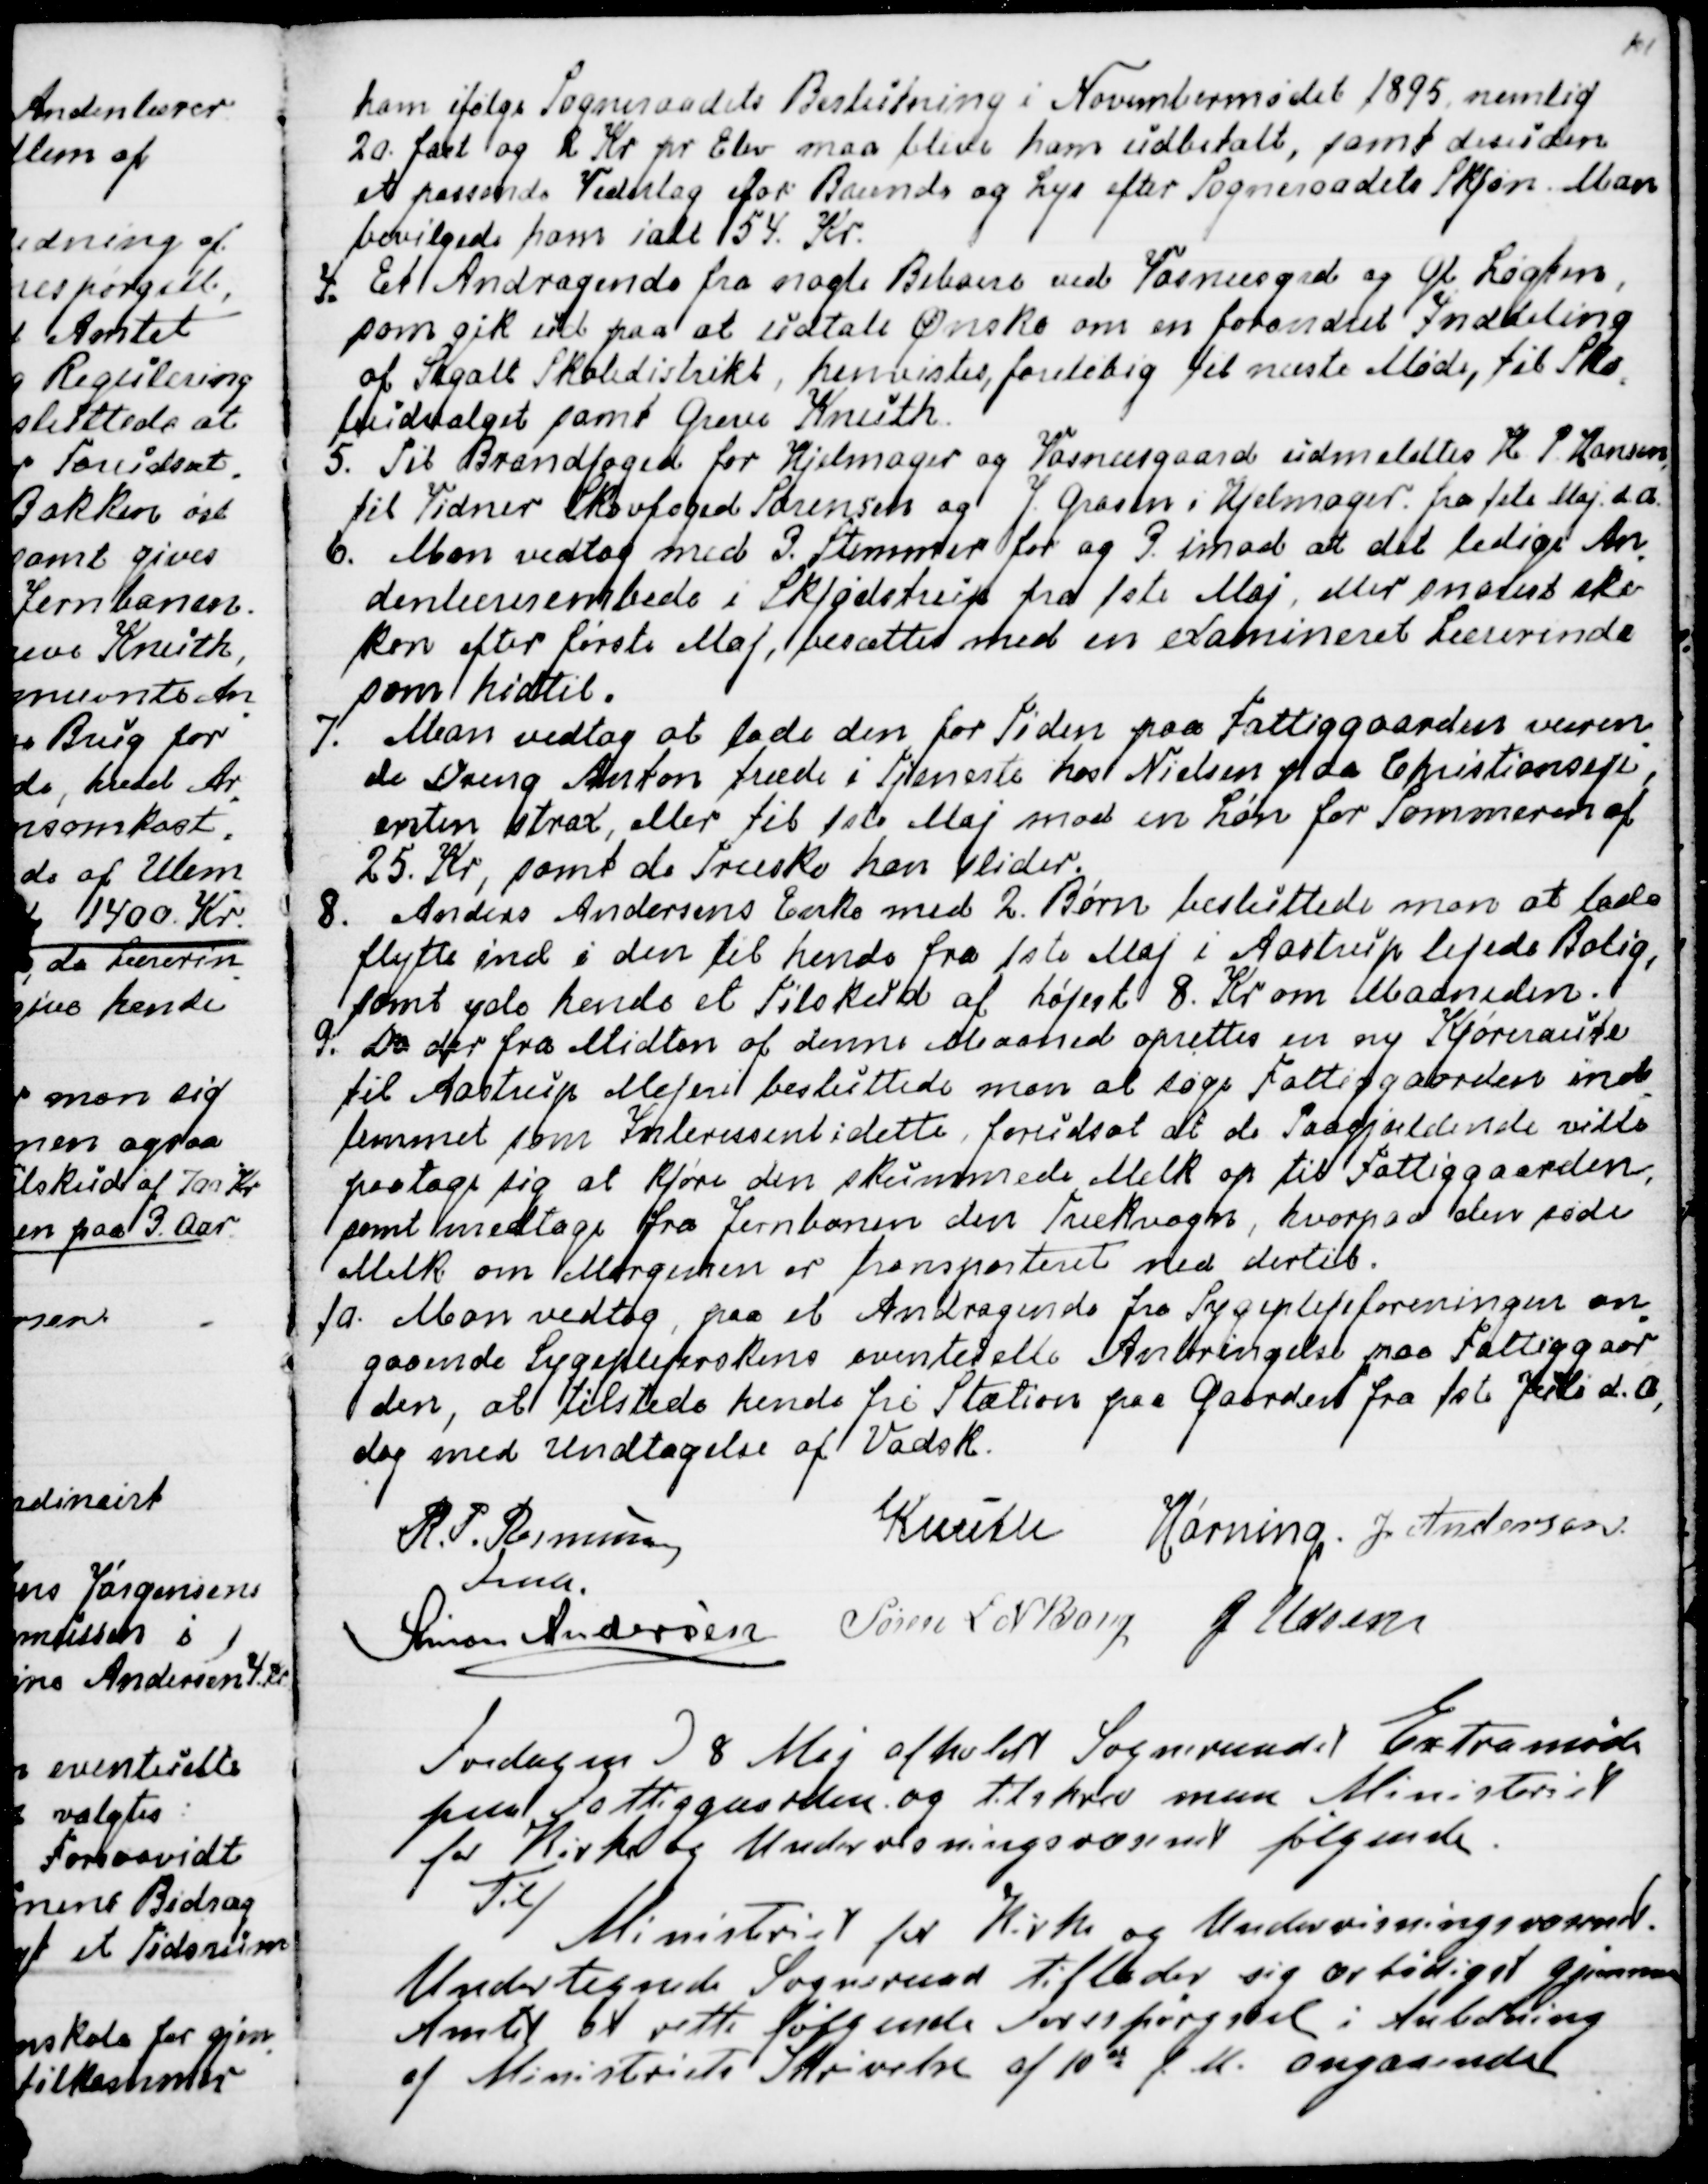
Transskription:
ham ifølge Sogneraadets Beslutning i November 1895, nemlig
20. fast og 2 Kr pr Elev maa blive ham udbetalt, samt desuden
et passende Vederlag for Brænde og Lys efter Sogneraadets Skjøn. Man
bevilgede ham ialt 54 Kr.
4.  
Et Andragende fra nogle Beboere ved Vosnæsgrd og Gl. Løgten,
som gik ud paa at udtale Ønske om en forandret Inddeling
af Segalt Skoledistrikt, henvistes foreløbig til næste Møde, til Sko
-
leudvalget samt Greve Knuth.
5. Til Brandfoged for Hjelmager og Vosnæsgaard udmeldtes H P Hansen,
til Vidner Skovfoged Sørensen og J. Grosen i Hjelmager. fra 1ste Maj d.A.
6. Man vedtog med 3. Stemmer for og 3. imod at det ledige An
-
denlærerembede i Skjødstrup fra 1ste Maj, eller snarest ske
kan efter første Maj, besættes med en examineret Lærerinde
som hidtil.
7.  
Man vedtog at lade den for Tiden paa Fattiggaarden væren
-
de Dreng Anton træde i Tjeneste hos Nielsen paa Christianseje,
enten strax, eller til 1ste Maj mod en Løn for Sommeren af
25. Kr, samt de Træsko han slider.
8. Anders Andersens Enke med 2. Børn besluttede man at lade
flytte ind i den til hende fra 1ste Maj i Aastrup lejede Bolig,
samt yde hende et Tilskud af højest 8. Kr om Maaneden.
9. Da der fra Midten af denne Maaned oprettes en ny Kjøreraute
til Aastrup Mejeri besluttede man at søge Fattiggaarden ind
-
lemmet som Interessent i dette, forudsat at de Paagjældende ville
paatage sig at kjøre den skummede Melk op til Fattiggaarden,
samt medtage fra Jernbanen den Trækvogn, hvorpaa den søde
Melk om Morgenen er transporteret ned dertil.
10. Man vedtog, paa et Andragende fra Sygeplejeforeningen an
-
gaaende Sygeplejerskens eventuelle Anbringelse paa Fattiggaar
-
den, at tilstede hende fri Station paa Gaarden fra 1ste Juli d.A.,
dog med undtagelse af Vadsk.
R. P. Rasmussen
Fmd.
Knuth
Hørning
J. Andersen
Simon Andersen
Søren L N Bang
J Udsen

Torsdagen d 8 Maj afholdt Sogneraadet Extramøde
paa Fattiggaarden. og tilskrev man Ministeriet
for Kirke og Undervisningsvæsenet følgende.
Til/
Ministeriet for Kirke og Undervisningsvæsenet.
Undertegnede Sogneraad tillader sig ærbødigst gjennem
Amtet at rette følgende Forespørgsel i Anledning
af Ministeriets Skrivelse af 10de f. M. angaaende